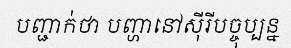
បញ្ជាក់ថា បញ្ហានៅស៊ីរីបច្ចុប្បន្ន